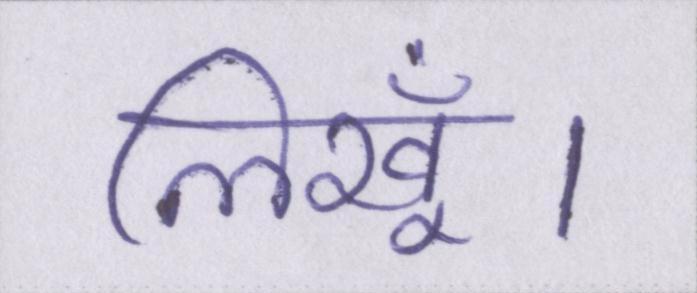
लिखूँ।